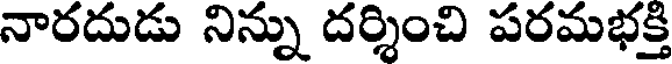
నారదుడు నిన్ను దర్శించి పరమభక్తి